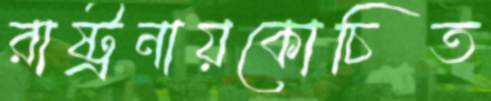
রাষ্ট্রনায়কোচিত